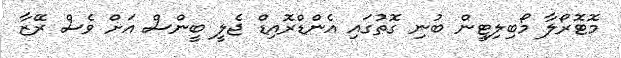
މޮޓޮރޯލާ މޯބިލިޓީން ބުނި ގޮތުގައި އެންޑްރޮއިޑް ޖެލީ ބީންސް އަށް ވެސް ރޭޒާ